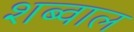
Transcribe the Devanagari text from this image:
शब्वाल